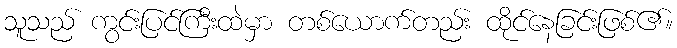
သူသည် ကွင်းပြင်ကြီးထဲမှာ တစ်ယောက်တည်း ထိုင်နေခြင်းဖြစ်၏။